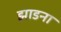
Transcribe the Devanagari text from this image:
झाडना